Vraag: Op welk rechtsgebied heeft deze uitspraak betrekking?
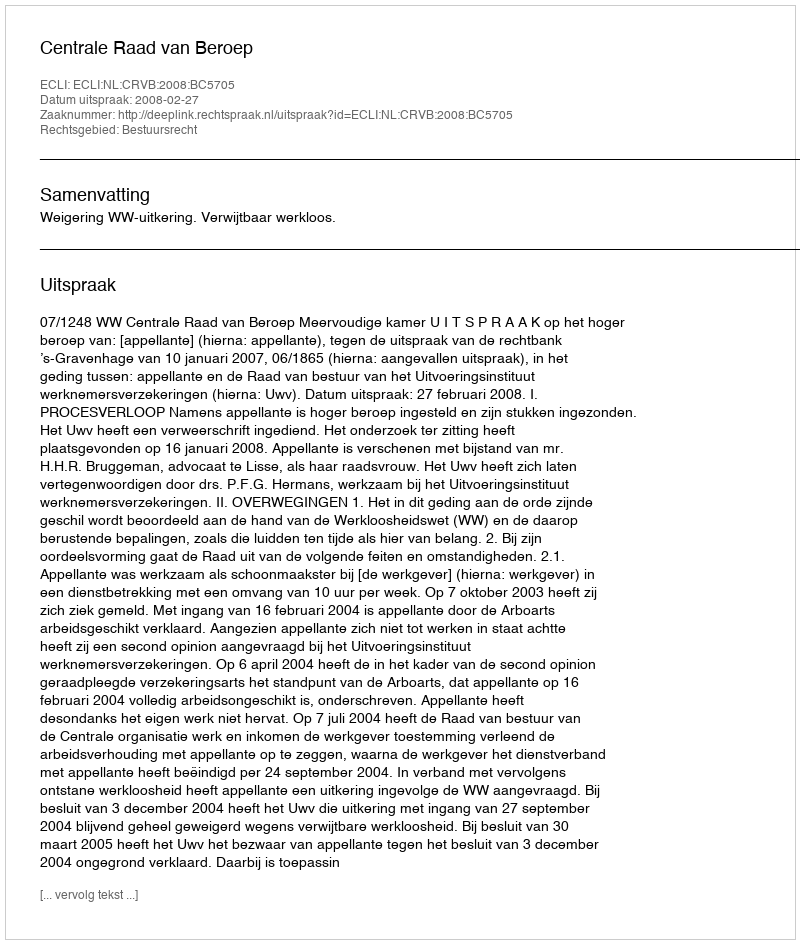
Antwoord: Bestuursrecht